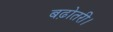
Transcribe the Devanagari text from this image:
बढ़ोतरी।